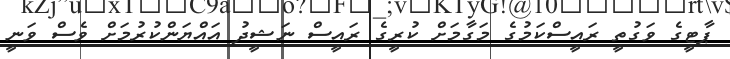
ޕާޓީގެ ވަގުތީ ރައީސްކަމުގެ މަގާމަށް ކުރީގެ ރައީސް ނަޝީދު އައްޔަންކުރުމަށް ވެސް ވަނީ